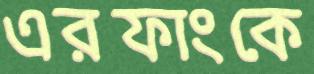
এরফাংকে